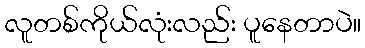
လူတစ်ကိုယ်လုံးလည်း ပူနေတာပဲ။